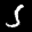
Label: 5